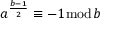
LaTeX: a ^ { \frac { b - 1 } { 2 } } \equiv - 1 { \bmod { b } }